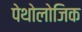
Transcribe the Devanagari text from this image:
पेथोलोजिक